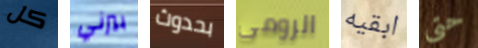
كل بيرني بحدوث الرومى ابقيه حتى